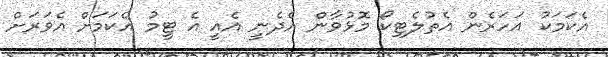
އެކަމަކު އަހަރެން އެތުލެޓިކޯ މޮޅުވާން އެދެނީ އެއީ އެ ޓީމު އެކަމަށް އެވަރަށް